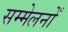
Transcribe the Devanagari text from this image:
सम्मेलनोँ